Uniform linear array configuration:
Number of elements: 64
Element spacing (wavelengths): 1
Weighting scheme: exponential
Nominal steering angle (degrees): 30
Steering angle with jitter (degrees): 29.835
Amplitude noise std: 0.05
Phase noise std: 0.05

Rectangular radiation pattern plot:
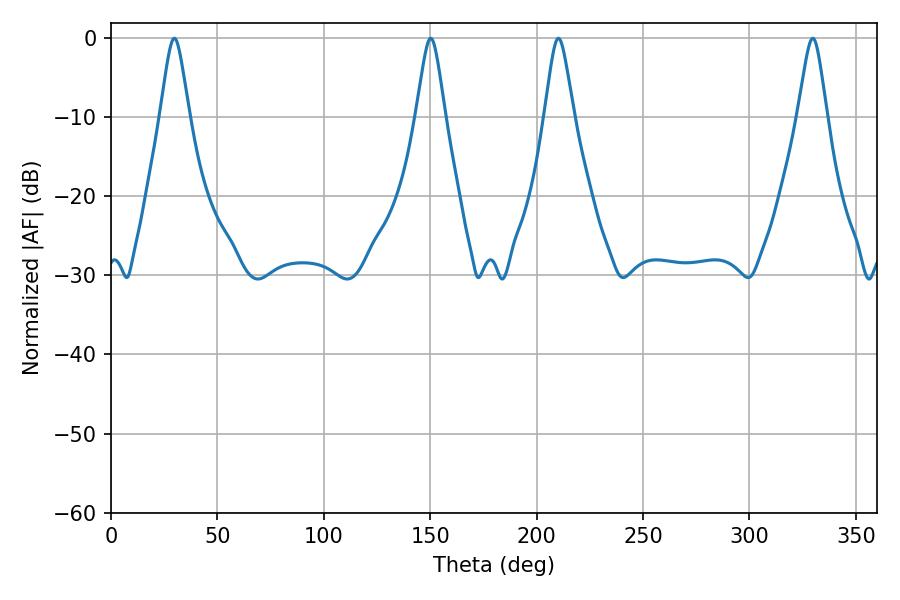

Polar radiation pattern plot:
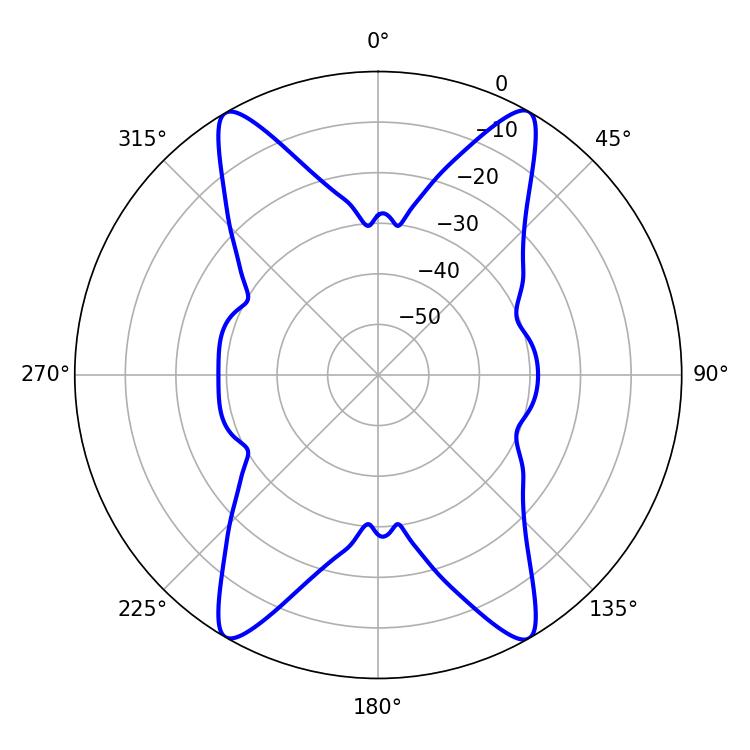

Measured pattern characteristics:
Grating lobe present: TRUE
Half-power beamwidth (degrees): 6.66
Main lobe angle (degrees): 210.24